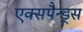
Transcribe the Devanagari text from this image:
एक्सपैन्ड्स